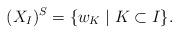
LaTeX: \begin{align*}(X_I)^S =\{w_K \mid K \subset I \}.\end{align*}